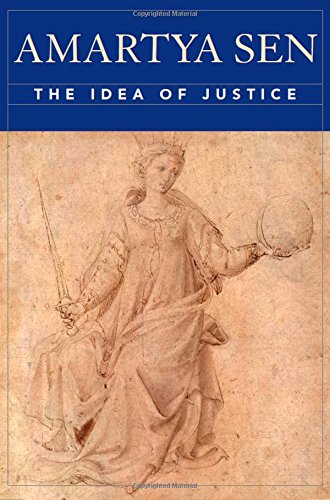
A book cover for The Idea of Justice; Amartya Sen; Business & Money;